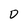
Character: 0